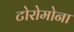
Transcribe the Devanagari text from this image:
टोरोमोना